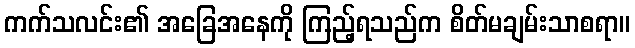
ကက်သလင်း၏ အခြေအနေကို ကြည့်ရသည်က စိတ်မချမ်းသာစရာ။